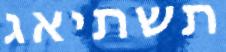
תשתיאג